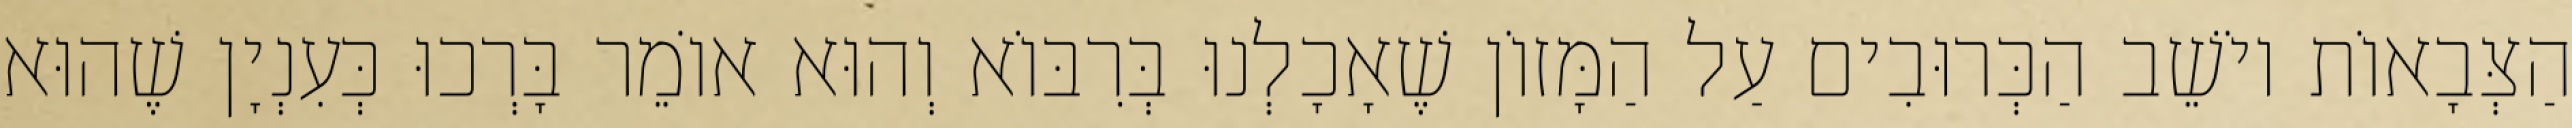
הַצְּבָאוֹת יוֹשֵׁב הַכְּרוּבִים עַל הַמָּזוֹן שֶׁאָכָלְנוּ בְּרִבּוֹא וְהוּא אוֹמֵר בָּרְכוּ כְּעִנְיָן שֶׁהוּא